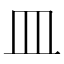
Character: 皿